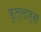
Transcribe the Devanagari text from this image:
फुल्लार्स